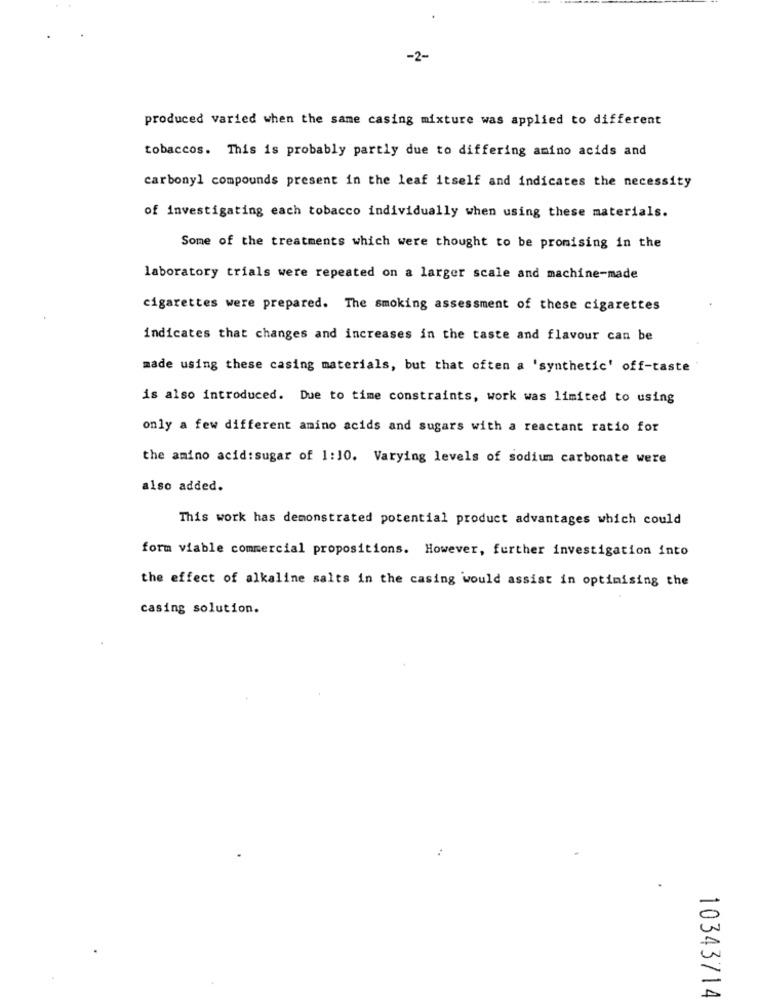
-2-
produced varied when the same casing mixture was applied to different
tobaccos. This is probably partly due to differing amino acids and
carbonyl compounds present in the leaf itself and indicates the necessity
of investigating each tobacco individually when using these materials.
Some of the treatments which were thought to be promising in the
laboratory trials were repeated on a larger scale and machine-made
cigarettes were prepared. The smoking assessment of these cigarettes
indicates that changes and increases in the taste and flavour can be
made using these casing materials, but that often a 'synthetic' off-taste
is also introduced. Due to time constraints, work was limited to using
only a few different amino acids and sugars with a reactant ratio for
the amino acid:sugar of 1:10. Varying levels of sodium carbonate were
also added.
This work has demonstrated potential product advantages which could
form viable commercial propositions. However, further investigation into
the effect of alkaline salts in the casing would assist in optimising the
casing solution.
10343714